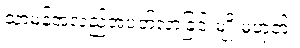
သာမန်အလည်အပတ်လာခြင်းမျိုးမဟုတ်။